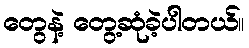
တွေနဲ့ တွေ့ဆုံခဲ့ပါတယ်။